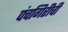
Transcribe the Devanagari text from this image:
पंचगिरीची